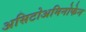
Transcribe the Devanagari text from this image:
असिटोअमिनोफेन